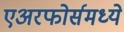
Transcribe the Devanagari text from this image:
एअरफोर्समध्ये